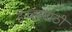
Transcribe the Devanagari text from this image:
डेन्व्हरसाठी